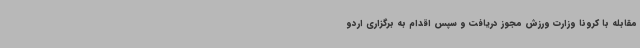
مقابله با کرونا وزارت ورزش مجوز دریافت و سپس اقدام به برگزاری اردو